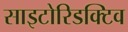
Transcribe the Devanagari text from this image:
साइटोरिडक्टिव